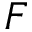
F